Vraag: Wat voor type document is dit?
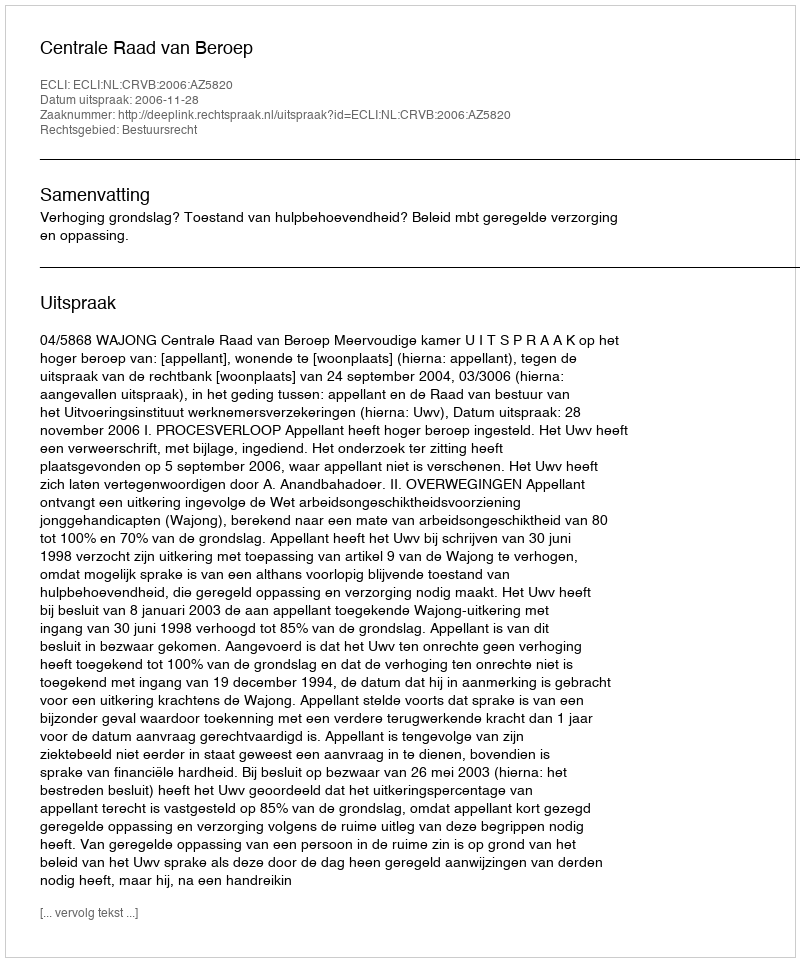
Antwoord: Uitspraak